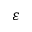
\varepsilon